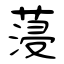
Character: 蓡